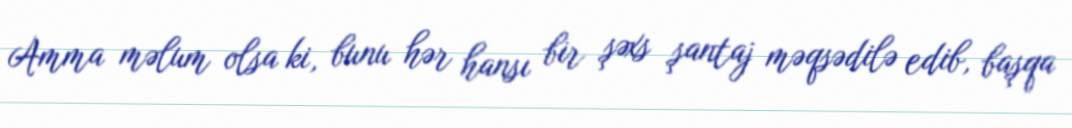
Amma məlum olsa ki, bunu hər hansı bir şəxs şantaj məqsədilə edib, başqa